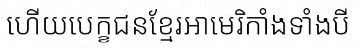
ហើយបេក្ខជនខ្មែរអាមេរិកាំងទាំងបី